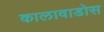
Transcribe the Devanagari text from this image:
कालावाडोस